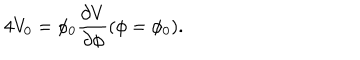
4 V _ { 0 } = \phi _ { 0 } { \frac { \partial V } { \partial \phi } } ( \phi = \phi _ { 0 } ) .